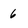
Character: 6